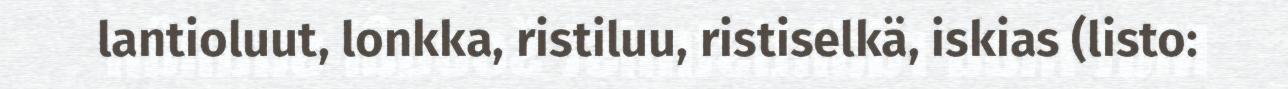
lantioluut, lonkka, ristiluu, ristiselkä, iskias (listo: